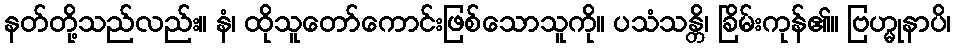
နတ်တို့သည်လည်း။ နံ၊ ထိုသူတော်ကောင်းဖြစ်သောသူကို။ ပသံသန္တိ၊ ခြိမ်းကုန်၏။ ဗြဟ္မုနာပိ၊